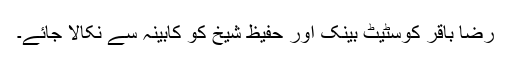
رضا باقر کوسٹیٹ بینک اور حفیظ شیخ کو کابینہ سے نکالا جائے۔